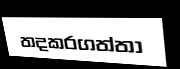
තදකරගත්තා